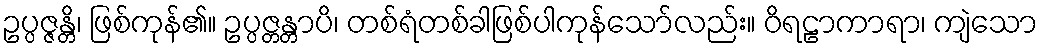
ဥပ္ပဇ္ဇန္တိ၊ ဖြစ်ကုန်၏။ ဥပ္ပဇ္တန္တာပိ၊ တစ်ရံတစ်ခါဖြစ်ပါကုန်သော်လည်း။ ဝိရဠာကာရာ၊ ကျဲသော